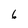
Character: 6